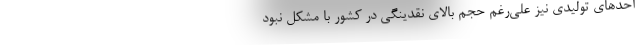
احدهای تولیدی نیز علی‌رغم حجم بالای نقدینگی در کشور با مشکل نبود